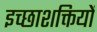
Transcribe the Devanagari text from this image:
इच्छाशक्तियों